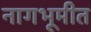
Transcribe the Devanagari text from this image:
नागभूमीत